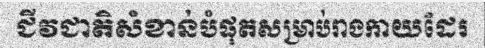
ជីវជាតិសំខាន់បំផុតសម្រាប់រាងកាយដែរ